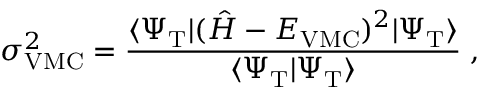
\sigma _ { \mathrm { V M C } } ^ { 2 } = \frac { \langle \Psi _ { \mathrm { T } } | ( \hat { H } - E _ { \mathrm { V M C } } ) ^ { 2 } | \Psi _ { \mathrm { T } } \rangle } { \langle \Psi _ { \mathrm { T } } | \Psi _ { \mathrm { T } } \rangle } \; ,